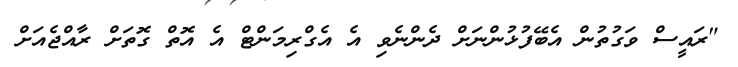
"ރައީސް ވަގުތުން އެބޭފުޅުންނަށް ދެންނެވި އެ އެގްރިމަންޓް އެ އޮތް ގޮތަށް ރާއްޖެއަށް